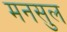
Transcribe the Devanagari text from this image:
मनसुल